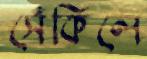
সেঁকিলে